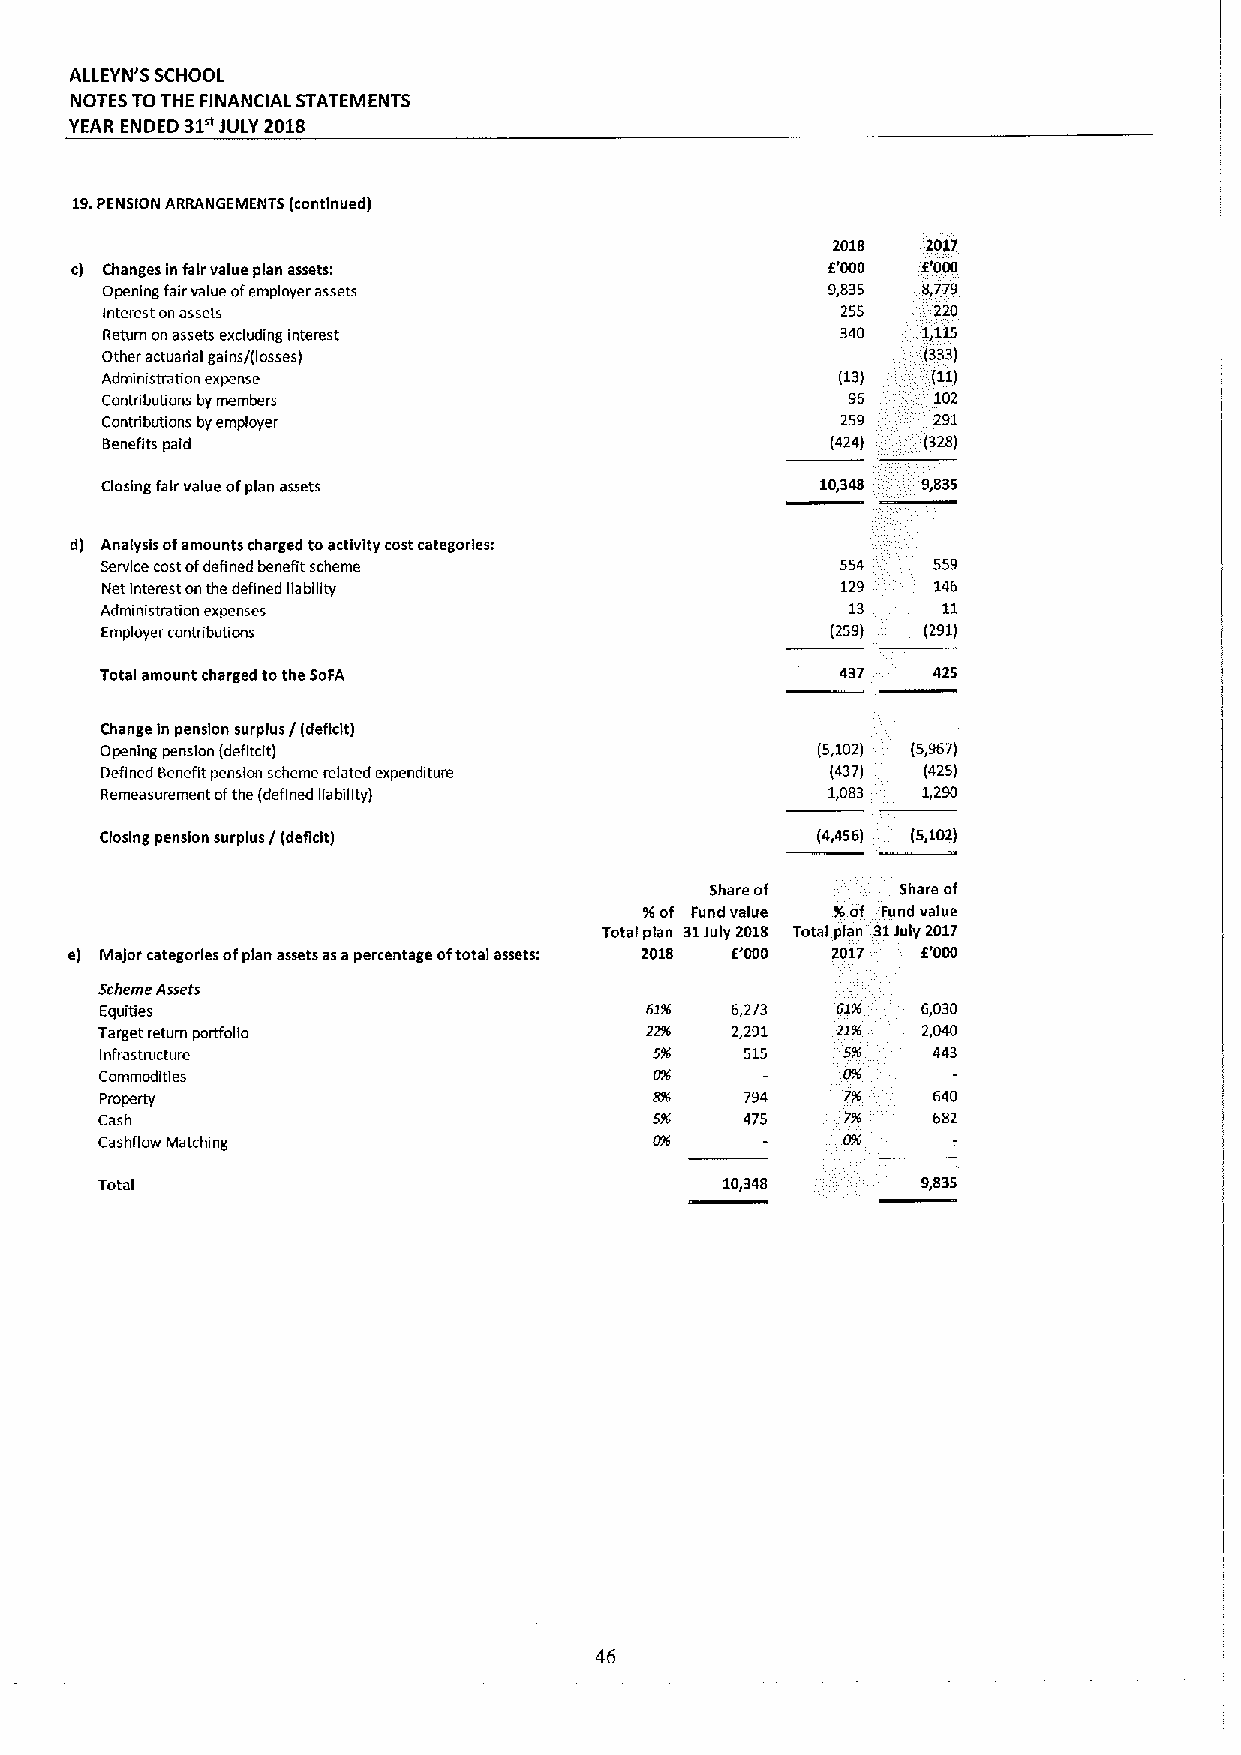
ALLEYN'S SCHOOL
 NOTES TOTHE FINANCIAL STATEMENTS
 YEAR ENDED 31nJULY 2018
 19.PENSION ARRANGEMENTS (continued)
 2018  2017
 c) Changes in fair value plan assets:             6'000 6'000
 Opening fairvalue ofemployer assets             9,835 8,779
 Interest on assets                               255   220
 Return on assets excluding interest              340  1,115
 Other actuarial gains/(losses)                        (333)
 Administration expense                           (13)  (11)
 Contributions by members                         96    102
 Contributions byemployer                         259   291
 Benefits paid                                   (424) (328)
 Closing fair value ofplan assets               10,348 9,835
 d) Analysis ofamounts charged toactivity cost categories:
 Service costofdefined benefit scheme             554   559
 Net Interest on the defined liability            129   146
 Administration expenses                          13    11
 Employer contributions                          (259) (291)
 Total amount charged tothe SoFA                  437   425
 Change In pension surplus/(deficit)
 Opening pension (defltclt)                     (5,102) (5,967)
 Oaflned Benefit pension scheme related expenditure (437) (425)
 Remeasurement ofthe (defined gabgity)           1,083 1,290
 Closing pension surplus/(deficit)              (4,456) (5,102)
 Share of     Share of
 76of Fund value ftof Fund value
 Total plan 31July 2018 Total plan 31July 2017
 e) Major categories ofplan assets asapercentage oftotal assets: 2018 E'000 2017 F.'000
 Scheme Assets
 Equities                            61SS 6,273  62FS  6,030
 Target return porffolio             22SS 2,291  2JJS  2,040
 Infrastructure                      Sfc   515    Sff   443
 Commodities                         tos          Ors
 Properiy                            gsc   794    77S   640
 Cash                                srs   475          682
 Cashflow Matching                                Off
 Total                                     10,348       9,835
 46